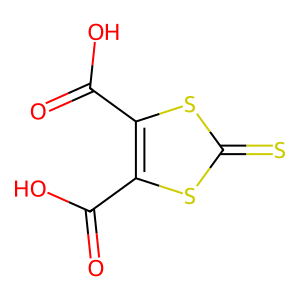
SMILES: O=C(O)c1sc(=S)sc1C(=O)O
Inhibits HIV replication: No